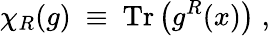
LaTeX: \chi_{R}(g)~\equiv~\mathrm{Tr}\left(g^{R}(x)\right)\; ,